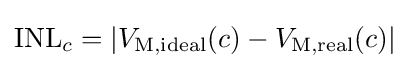
\mathrm {INL} _{c}=\left|V_{\mathrm {M,ideal} }(c)-V_{\mathrm {M,real} }(c)\right|